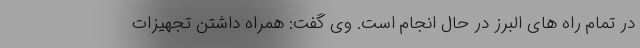
در تمام راه های البرز در حال انجام است. وی گفت: همراه داشتن تجهیزات